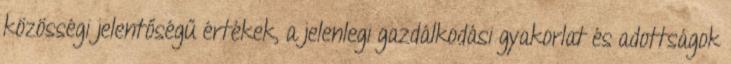
közösségi jelentőségű értékek, a jelenlegi gazdálkodási gyakorlat és adottságok